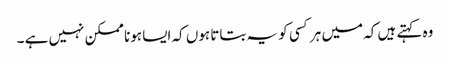
وہ کہتے ہیں کہ میں ہر کسی کو یہ بتاتا ہوں کہ ایسا ہونا ممکن نہیں ہے ۔